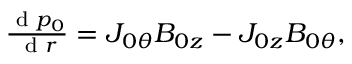
\begin{array} { r } { \frac { \textrm { d } p _ { 0 } } { \textrm { d } r } = J _ { 0 \theta } B _ { 0 z } - J _ { 0 z } B _ { 0 \theta } , } \end{array}